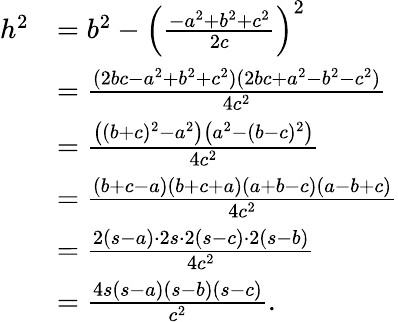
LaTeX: {\begin{array}{rl}{h^{2}}&{=b^{2}-\left({\frac{-a^{2}+b^{2}+c^{2}}{2c}}\right)^{2}}\\ &{={\frac{(2bc-a^{2}+b^{2}+c^{2})(2bc+a^{2}-b^{2}-c^{2})}{4c^{2}}}}\\ &{={\frac{{\big(}(b+c)^{2}-a^{2}{\big)}{\big(}a^{2}-(b-c)^{2}{\big)}}{4c^{2}}}}\\ &{={\frac{(b+c-a)(b+c+a)(a+b-c)(a-b+c)}{4c^{2}}}}\\ &{={\frac{2(s-a)\cdot 2s\cdot 2(s-c)\cdot 2(s-b)}{4c^{2}}}}\\ &{={\frac{4s(s-a)(s-b)(s-c)}{c^{2}}}.}\end{array}}